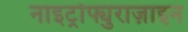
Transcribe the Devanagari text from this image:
नाइट्रोफ्युराज़ाइन